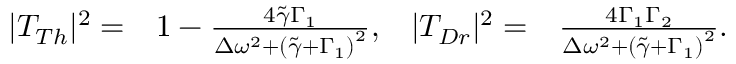
\begin{array} { r l r l } { | T _ { T h } | ^ { 2 } = } & { { } 1 - \frac { 4 \tilde { \gamma } \Gamma _ { 1 } } { \Delta \omega ^ { 2 } + \left( \tilde { \gamma } + \Gamma _ { 1 } \right) ^ { 2 } } , } & { | T _ { D r } | ^ { 2 } = } & { { } \frac { 4 \Gamma _ { 1 } \Gamma _ { 2 } } { \Delta \omega ^ { 2 } + \left( \tilde { \gamma } + \Gamma _ { 1 } \right) ^ { 2 } } . } \end{array}